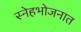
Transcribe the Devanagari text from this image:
स्नेहभोजनात